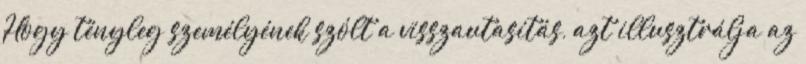
Hogy tényleg személyének szólt a visszautasítás, azt illusztrálja az